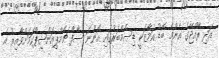
އަދި ރާއްޖޭގެ އެންމެ ބޮޑު އަމާޒަކީ ޑިސެމްބަރުގައި އޮންނަ ސާފް ޗެމްޕިއަންޝިޕްކަމަށްވާއިރު އެ